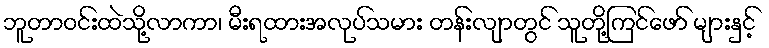
ဘူတာဝင်းထဲသို့လာကာ၊ မီးရထားအလုပ်သမား တန်းလျာတွင် သူတို့ကြင်ဖော် များနှင့်